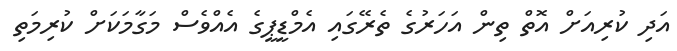
އަދި ކުރިއަށް އޮތް ތިން އަހަރުގެ ތެރޭގައި އެމްޑީޕީގެ އެއްވެސް މަގާމަކަށް ކުރިމަތި